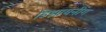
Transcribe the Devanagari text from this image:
डिझायनींग